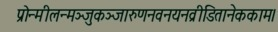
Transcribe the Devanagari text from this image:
प्रोन्मीलन्मञ्जुकञ्जारुणनवनयनव्रीडितानेककाम।